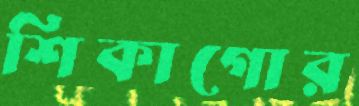
শিকাগোর